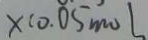
x ( 0 . 0 5 m o l )